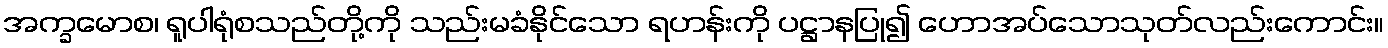
အက္ခမောစ၊ ရူပါရုံစသည်တို့ကို သည်းမခံနိုင်သော ရဟန်းကို ပဋ္ဌာနပြု၍ ဟောအပ်သောသုတ်လည်းကောင်း။